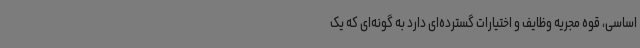
اساسی، قوه مجریه وظایف و اختیارات گسترده‌ای دارد به گونه‌ای که یک